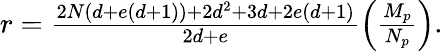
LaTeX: \begin{array}{r}{r=\frac{2N\left(d+e\left(d+1\right)\right)+2d^{2}+3d+2e\left(d+1\right)}{2d+e}\left(\frac{M_{p}}{N_{p}}\right).}\end{array}